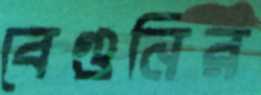
বেগুনির